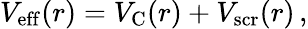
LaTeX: V_{\mathrm{eff}}(r)=V_{\mathrm{C}}(r)+V_{\mathrm{scr}}(r)\, ,